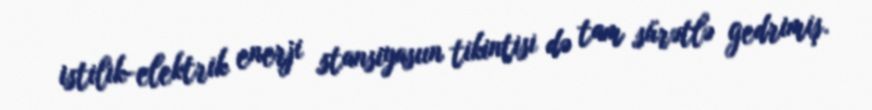
istilik-elektrik enerji stansiyasıın tikintisi də tam sürətlə gedrimiş.